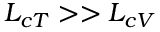
L _ { c T } > > L _ { c V }